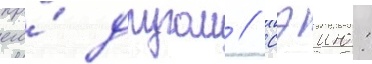
его́ другом // Сэию: